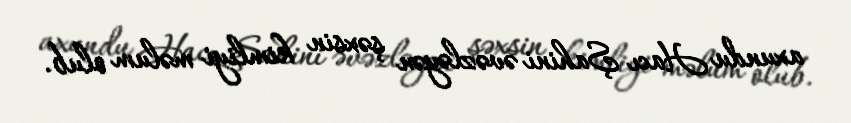
axundu Hacı Şahini əvəzləyən şəxsin kimliyi məlum olub.